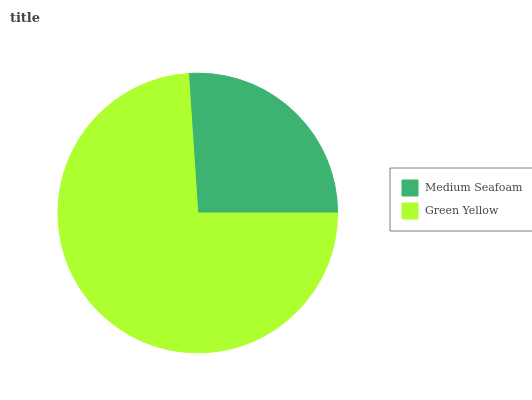
| Medium Seafoam | Green Yellow |
 | --- | --- |
 | 26.1% | 73.9% |